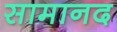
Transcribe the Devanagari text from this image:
सामानद